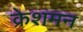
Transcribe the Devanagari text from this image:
क्रेशमन